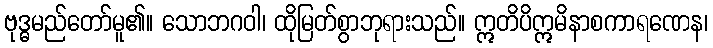
ဗုဒ္ဓမည်တော်မူ၏။ သောဘဂဝါ၊ ထိုမြတ်စွာဘုရားသည်။ ဣတိပိဣမိနာစကာရဏေန၊